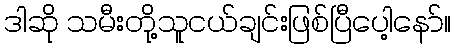
ဒါဆို သမီးတို့သူငယ်ချင်းဖြစ်ပြီပေါ့နော်။